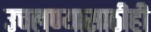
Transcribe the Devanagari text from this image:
उचलण्यासाठीही